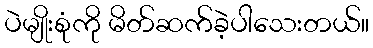
ပဲမျိုးစုံကို မိတ်ဆက်ခဲ့ပါသေးတယ်။